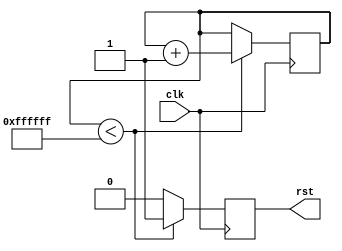
module por (
	input			clk,
	output	reg		rst
);

reg	[31:0]	counter;

always @(posedge clk) begin
	if (counter < 32'hffffff) begin
		rst <= 1;
		counter <= counter + 1;
	end
	else begin
		rst <= 0;
	end
end

endmodule